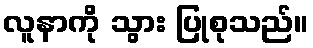
လူနာကို သွား ပြုစုသည်။